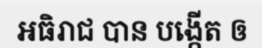
អធិរាជ បាន បង្កើត ឲ